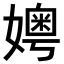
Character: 𪦪